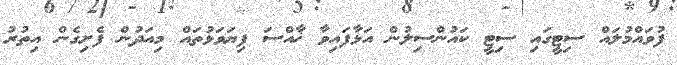
ފުވައްމުލައް ސިޓީގައި ސިޓީ ކައުންސިލުން އަޅާފައިވާ ޚާއްސަ ފިޔަވަޅުތައް މިއަދުން ފެށިގެން އިތުރު